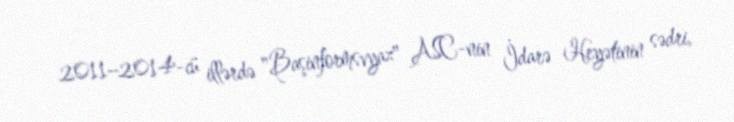
2011–2014-cü illərdə "Başinformsvyaz" ASC-nin İdarə Heyətinin sədri,